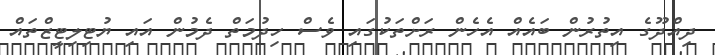
ދިއްދޫގެ އިތުރުން ބައެއް އެހެން ރަށްތަކުގައި ވެސް ހިދުމަތް ދެމުން އައި ޔުޓިލިޓީޒްތައް